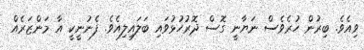
ވިއެވެ. ބިރުން ހުރެވެސް ނަޔާނީ ގޮސް ދޮރުހުޅުވައި ބަލައިލިއެވެ. ފެނުނީކީ އާ މަންޒަރެއް